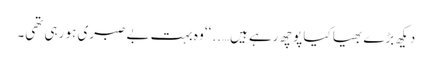
دیکھ بڑے بھیا کیا پوچھ رہے ہیں…..‘‘ وہ بہت بے صبری ہو رہی تھی۔